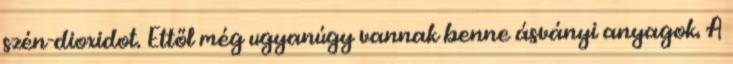
szén-dioxidot. Ettől még ugyanúgy vannak benne ásványi anyagok. A